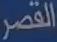
القصر